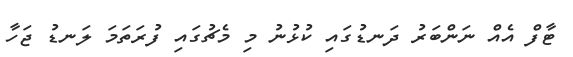
ޓާފް އެއް ނަންބަރު ދަނޑުގައި ކުޅުުނު މި މެޗުގައި ފުރަތަމަ ލަނޑު ޖަހާ